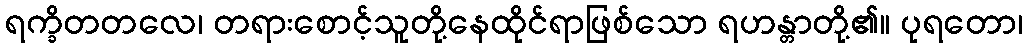
ရက္ခိတတလေ၊ တရားစောင့်သူတို့နေထိုင်ရာဖြစ်သော ရဟန္တာတို့၏။ ပုရတော၊